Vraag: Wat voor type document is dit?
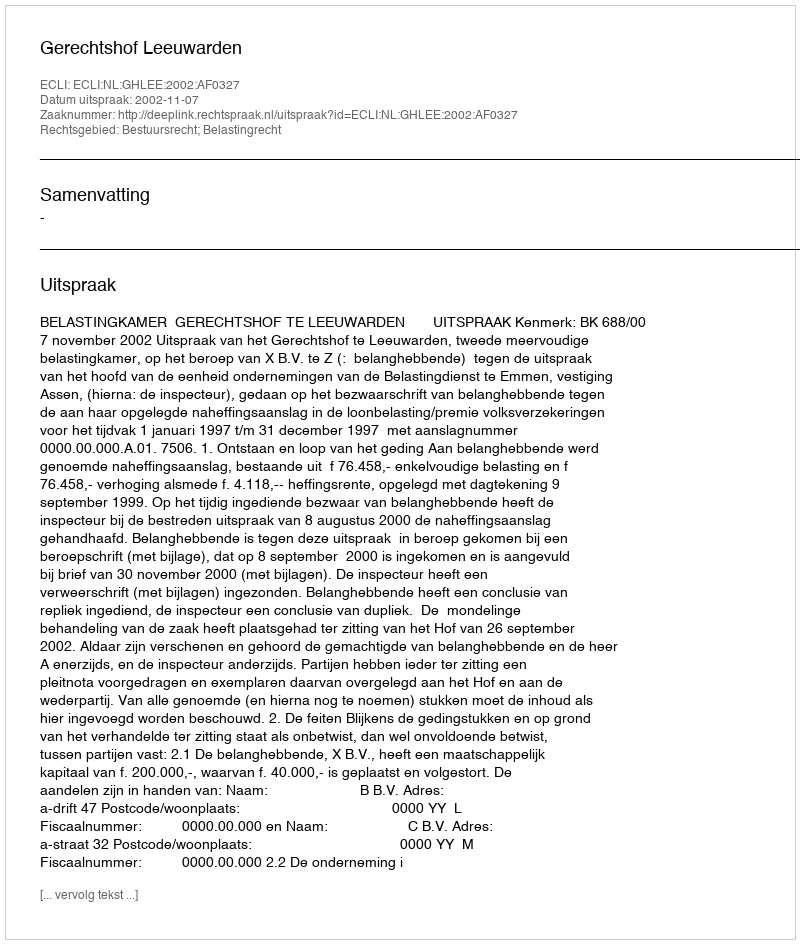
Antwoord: Uitspraak